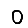
Digit: 0